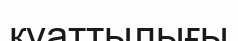
құаттылығы